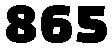
865